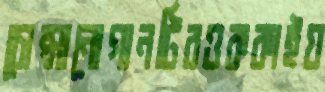
চোপ্‌সানোগানটিরওককাইয়